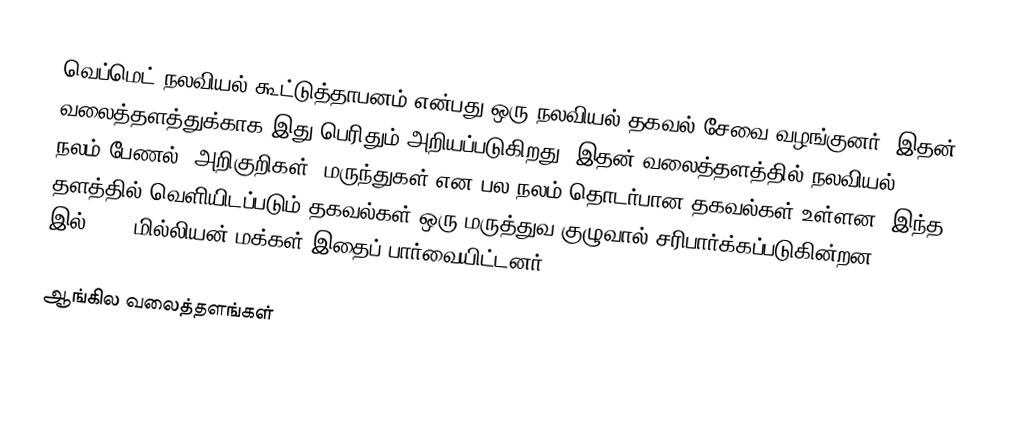
வெப்மெட் நலவியல் கூட்டுத்தாபனம் என்பது ஒரு நலவியல் தகவல் சேவை வழங்குனர்.  இதன் வலைத்தளத்துக்காக இது பெரிதும் அறியப்படுகிறது.  இதன் வலைத்தளத்தில் நலவியல், நலம் பேணல், அறிகுறிகள், மருந்துகள் என பல நலம் தொடர்பான தகவல்கள் உள்ளன.  இந்த தளத்தில் வெளியிடப்படும் தகவல்கள் ஒரு மருத்துவ குழுவால் சரிபார்க்கப்படுகின்றன.  2007 Q1 இல் 17.1 மில்லியன் மக்கள் இதைப் பார்வையிட்டனர்.

ஆங்கில வலைத்தளங்கள்